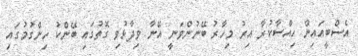
އެސްބީއައިން ހިއްސާކުރާ އިރު މިހާރު ބޭނުންވަނީ އޭނާ ވިދާޅުވި ގޮތުގައި ބޭންކު ހިންގުމުގައި